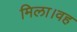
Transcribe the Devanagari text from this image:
मिला।वह